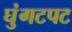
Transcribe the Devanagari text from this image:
घुंगटपट